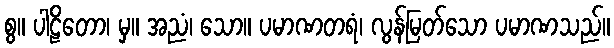
စွ။ ပါဠိတော၊ မှ။ အညံ၊ သော။ ပမာဏတရံ၊ လွန်မြတ်သော ပမာဏသည်။